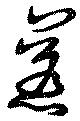
惹